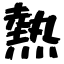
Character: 熱